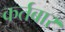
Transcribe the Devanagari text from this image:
कर्तबार